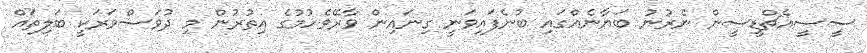
ސީސީއެޗްޑީސީން ނެރުނު ބަޔާނެއްގައި ބުނެފައިވަނީ ގިނައިން ވާރޭވެހުމުގެ އިތުރުން މި ދުވަސްވަރަކީ ބަލިތައް